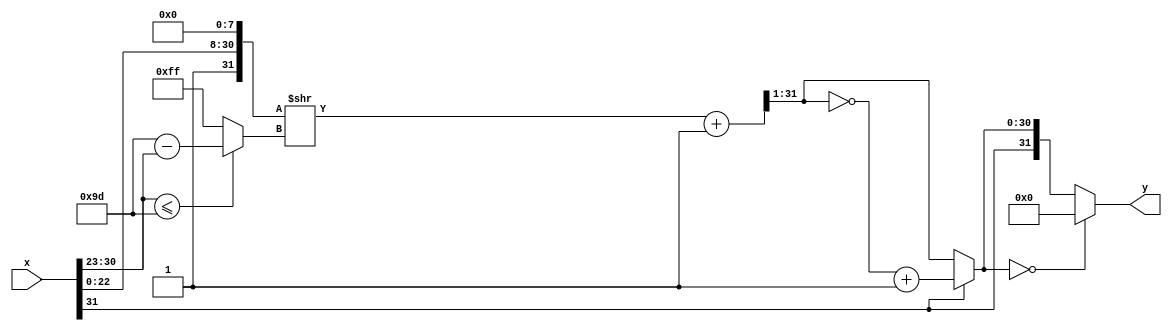

module ftoi(
    input wire [31:0] x,
    output wire [31:0] y);

    wire sx;
    wire [7:0] ex;
    wire [22:0] mx;
    assign sx = x[31:31];
    assign ex = x[30:23];
    assign mx = x[22:0];

    wire [31:0] mya;
    assign mya = {1'b1,mx,8'b0};

    wire [7:0] se;
    assign se = (ex <= 8'd157) ? (8'd157 - ex): 8'd255;

    wire [31:0] myb;
    assign myb = (mya >> se) + 1;
  
    wire [30:0] myc;
    assign myc = myb[31:1];

    wire sy;
    wire [30:0] my;
    assign sy = sx;
    assign my = (sy) ? (~myc) + 1: myc;

    assign y = (my == 0) ? 0: {sy,my};

endmodule